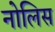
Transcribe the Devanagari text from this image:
नोलिस